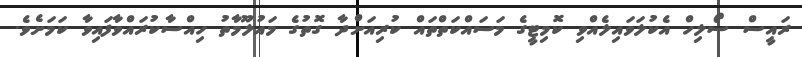
ރައީސް ސޯލިހް އެކުލަވައިލެއްވި ކޮމިޓީގެ މަސައްކަތްތައް ކުރިއަށްދާ ގޮތުގެ މައުލޫމާތު ހިއްސާކުރައްވާފައިވާ ކަމަށެވެ.